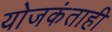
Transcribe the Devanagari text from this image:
योजकंताही